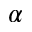
\alpha